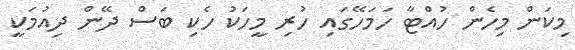
މިކަން މިހެން ހުއްޓާ ހަމަހޭގައި ހުރި މީހަކު ހެކި ބަސް ދޭން ދިއުމަކީ